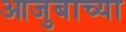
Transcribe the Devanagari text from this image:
आजुबाच्या